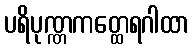
ပရိပုဏ္ဏကတ္ထေရဂါထာ